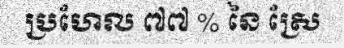
ប្រហែល ៧៧ % នៃ ស្រែ